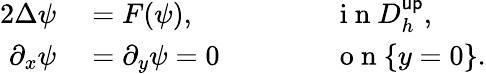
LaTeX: \begin{array}{rlrl}{{2}\Delta\psi}&{{}=F(\psi),}&{}&{{}\qquad\mathrm{~i~n~}D_{h}^{\mathsf{up}},}\\ {\partial_{x}\psi}&{{}=\partial_{y}\psi=0}&{}&{{}\qquad\mathrm{~o~n~}\{ y=0\} .}\end{array}